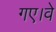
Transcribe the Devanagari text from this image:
गए।वे